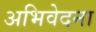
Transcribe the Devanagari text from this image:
अभिवेदना